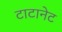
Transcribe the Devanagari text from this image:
टाटानेट